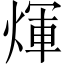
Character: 煇